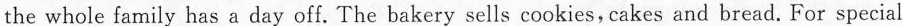
the whole family has a day off. The bakery sells cookies, cakes and bread. For special